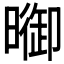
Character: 𣊗